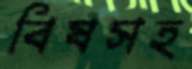
বিষসহ